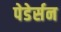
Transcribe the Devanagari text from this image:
पेडेर्सन